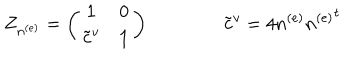
Z _ { n ^ { ( e ) } } = \left( \begin{matrix} { { { \bf 1 } } } & { { 0 } } \\ { { { { \tilde { \bf c } } ^ { v } } } } & { { { \bf 1 } } } \\ \end{matrix} \right) \qquad \qquad { \tilde { \bf c } } ^ { v } = 4 n ^ { ( e ) } { n ^ { ( e ) } } ^ { t }